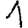
Digit: 1